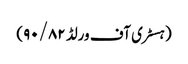
(ہسٹری آف ورلڈ ۹۰/۸۲)